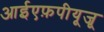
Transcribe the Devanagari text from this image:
आईएफ़पीयूजू